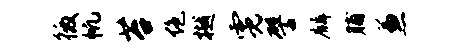
徼帆苔绝樾霓譬麟脯兼